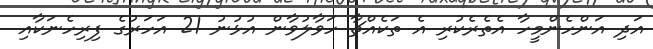
އަދި އަންހެންމީހާ އެތެރެކުރި އެ ތަކެއްޗާ ހަވާލުވާން އުޅުނު 21 އަހަރުގެ ފިރިހެނަކާއި